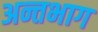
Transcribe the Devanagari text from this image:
अन्तभाग